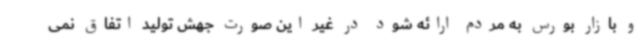
و بازار بورس به مردم ارائه شود در غیر این صورت جهش تولید اتفاق نمی